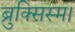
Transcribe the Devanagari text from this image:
ब्रुक्सिस्म।